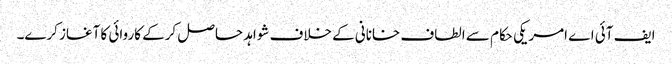
ایف آئی اے امریکی حکام سے الطاف خانانی کے خلاف شواہد حاصل کرکے کاروائی کا آغاز کرے۔